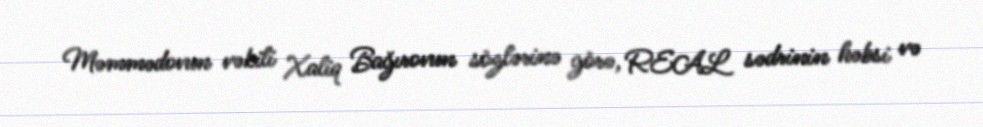
Məmmədovun vəkili Xaliq Bağırovun sözlərinə görə, REAL sədrinin həbsi və